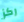
ركز